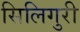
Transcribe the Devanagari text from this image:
सिलिगुरी